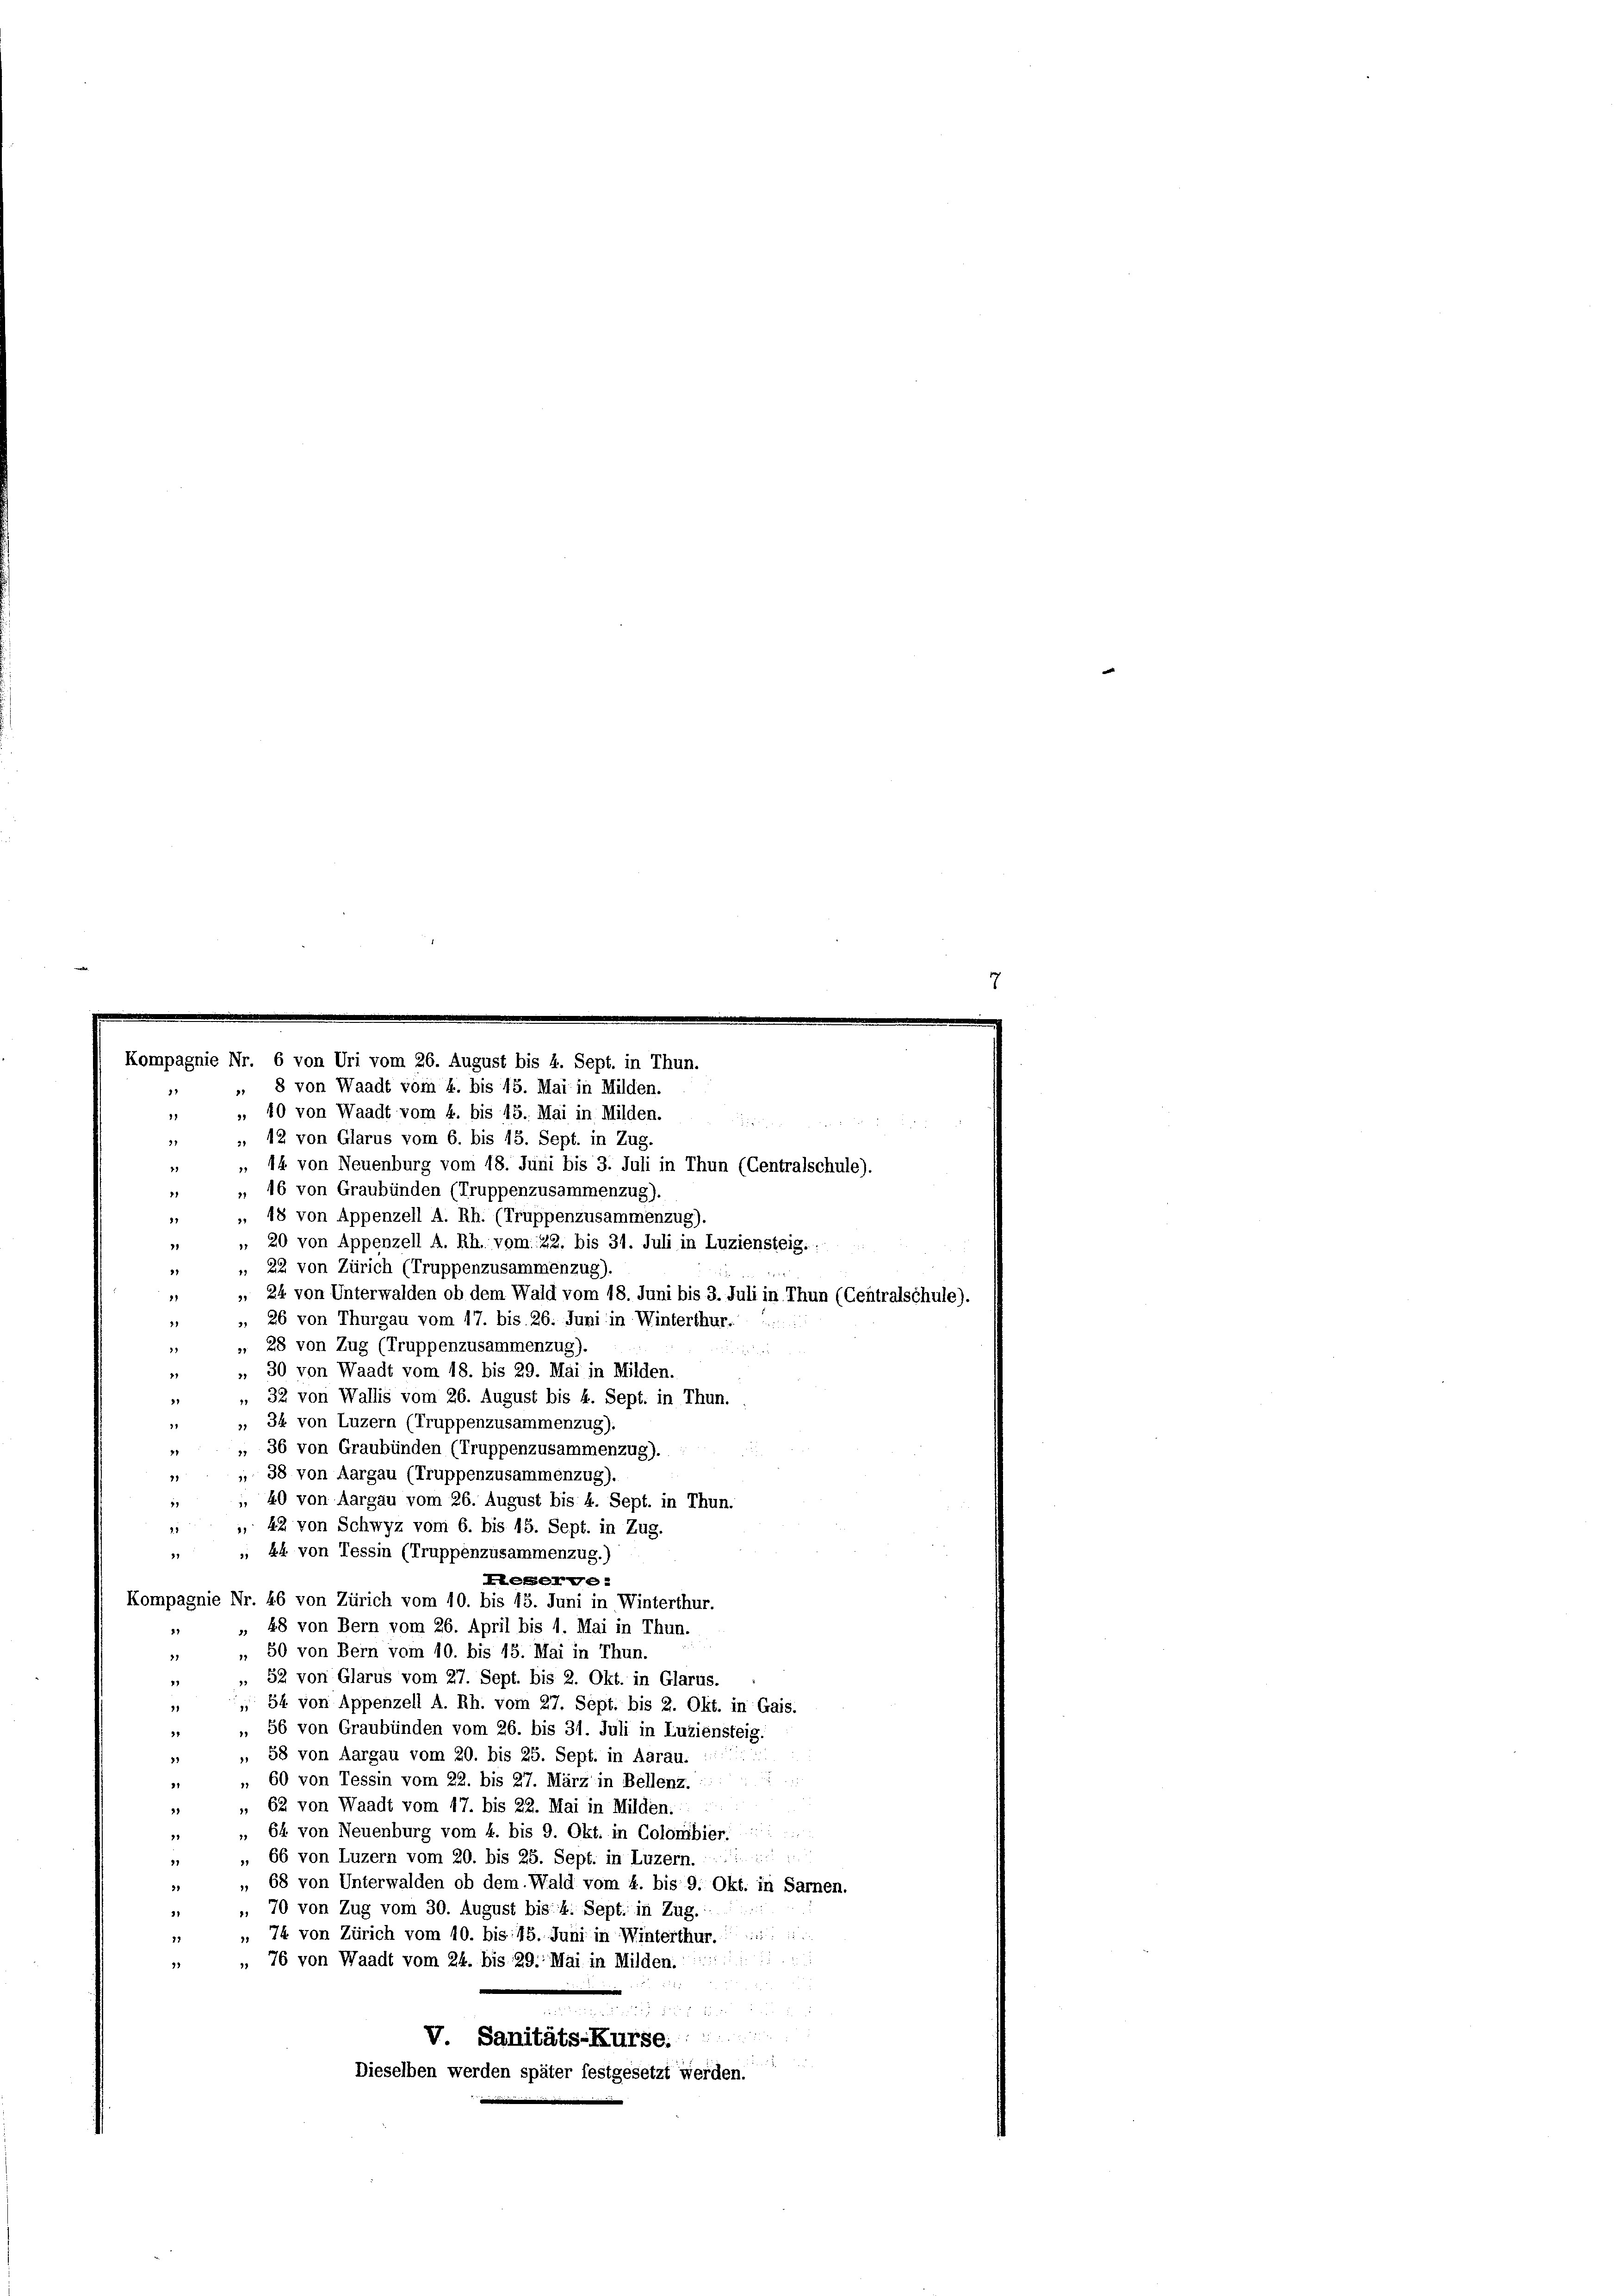
12 von Glarus vom 6. bis 15. Sept. in Zug.
1
 14 von Neuenburg vom 18. Juni bis 3. Juli in Thun (Centralschule).
21
„ 16 von Graubünden (Truppenzusammenzug).
11
, 18 von Appenzell A. Rh. (Truppenzusammenzug).
81
 20 von Appenzell A. Rh. vom 22. bis 31. Juli in Luziensteig.
1
„ 22 von Zürich (Truppenzusammenzug).
1
», 24 von Unterwalden ob dem Wald vom 18. Juni bis 3. Juli in Thun (Centralschule).
)
26 von Thurgau vom 17. bis 26. Juni in Winterthur.  ..
11
28 von Zug (Truppenzusammenzug).
29
de Seele
», 30 von Waadt vom 18. bis 29. Mai in Milden.
1
 32 von Wallis vom 26. August bis 4. Sept. in Thun.
27
», 34 von Luzern (Truppenzusammenzug).
5
„ 36 von Graubünden (Truppenzusammenzug).
4
, 38 von Aargau (Truppenzusammenzug).
21
 40 von Aargau vom 26. August bis 4. Sept. in Thun.
1
 42 von Schwyz vom 6. bis 15. Sept. in Zug.
21
 44 von Tessin (Truppenzusammenzug.)
21
Hesserve
Kompagnie Nr. 46 von Zürich vom 10. bis 15. Juni in Winterthur.
 48 von Bern vom 26. April bis 1. Mai in Thun.
„ 50 von Bern vom 10. bis 15. Mai in Thun.
21
 52 von Glarus vom 27. Sept. bis 2. Okt. in Glarus.
)
 54 von Appenzell A. Rh. vom 27. Sept. bis 2. Okt. in Gais.
1
, 56 von Graubünden vom 26. bis 31. Juli in Luziensteig.
21
 58 von Aargau vom 20. bis 25. Sept. in Aarau.
41

60 von Tessin vom 22. bis 27. März in Bellenz.
41
" 62 von Waadt vom 17. bis 22. Mai in Milden.
21
„ 64. von Neuenburg vom 4. bis 9. Okt. in Colonibier.  ....
11
 66 von Luzern vom 20. bis 25. Sept. in Luzern.
21
 68 von Unterwalden ob dem Wald vom k. bis 9. Okt. in Sarnen.
21
, 70 von Zug vom 30. August bis 4. Sept: in Zug.
11
 74 von Zürich vom 10. bis 15. Juni in Winterthur......
17

, 76 von Waadt vom 24. bis 29. Mai in Milden.
31
5 x 2 2

V. Sanitäts-Kurse.

Dieselben werden später festgesetzt werden.

1
11

Compagnie Nr. 6 von Uri vom 26. August bis 4. Sept. in Thun.
„ 8 von Waadt vom 4. bis 15. Mai in Milden.
, 10 von Waadt vom 4. bis 45. Mai in Milden.